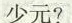
少元?